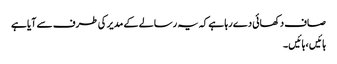
صاف دکھائی دے رہا ہے کہ یہ رسالے کے مدیر کی طرف سے آیا ہے
ہائیں ، ہائیں ۔